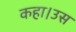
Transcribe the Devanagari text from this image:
कहा।उस